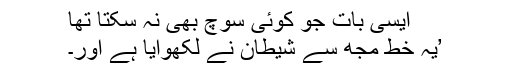
ایسی بات جو کوئی سوچ بھی نہ سکتا تھا
’یہ خط مجھ سے شیطان نے لکھوایا ہے اور۔